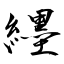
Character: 纆